system: You are a helpful assistant.
user:
Analyze the provided spectrum to determine if it is a **Carbon Star (C-type)**.

- **Key Visual Indicators of Carbon Star:**
    - **(Primary):** Strong molecular absorption from **C₂ (diatomic carbon) "Swan Bands."** This is the **defining feature** of a carbon star.
        - **(Key Bandheads):** Sharp absorption edges are visible at approximately $5635$ Å, $5165$ Å (the strongest band), and $4737$ Å.
        - **(Line Profile):** Creates a distinct **"saw-tooth"** pattern. The key morphology is a sharp, steep bandhead on the **red (long-wavelength) side**, which then gradually tapers off (i.e., flux recovers) towards the **blue (short-wavelength) side**. *(This is the direct opposite of the TiO bands seen in M-type stars)*.

    - **(Secondary):** Intense **CN (cyanogen)** molecular absorption bands.
        - **(Key Bandheads):** Located in the blue and violet regions of the spectrum (e.g., near $4215$ Å and $3883$ Å).
        - **(Morphology):** These bands are extremely broad and act as a "blanket," absorbing the vast majority of blue and violet light. This creates a characteristic **"cliff"** or **"steep drop-off"** in the spectrum's flux at short wavelengths.

    - **(Key Confirmation):** Strong **CH absorption band (G-band)**.
        - **(Key Bandhead):** Located around $4300$ Å. The contribution from CH molecules to this band is exceptionally strong.

    - **(Overall Spectrum):**
        - The continuum is severely "chopped up" by these deep molecular bands, especially C₂, rather than appearing as a smooth curve.
        - Due to the heavy CN and C₂ absorption in the blue-green, the vast majority of the star's flux is concentrated in the red part of the spectrum, giving the star its characteristic deep red color.

Think first, call **spectral_visualization_tool** if needed to examine features in detail, then provide your final answer. Your response must adhere to the following strict rules:
1.  **Overall Structure:** Your response must follow the format `<think>...</think> <tool_call>...</tool_call> (if a tool is used) <answer>...</answer>`.
2.  **Tool Usage Constraint:** You may only make **one** tool call per turn.
3.  **Final Answer Format:** In the `<answer>` tag, your conclusion must be inside a `\boxed{}` command (e.g., `\boxed{YES}`), followed by your justification.

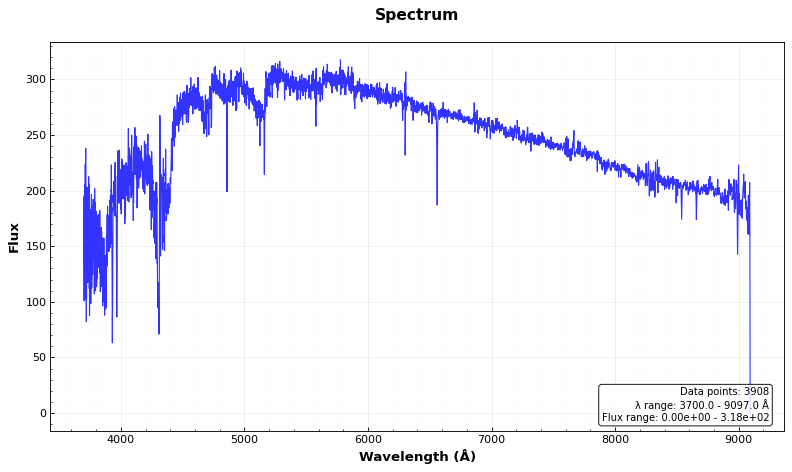
Answer: YES